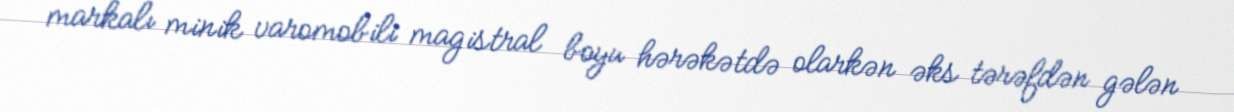
markalı minik varomobili magistral boyu hərəkətdə olarkən əks tərəfdən gələn